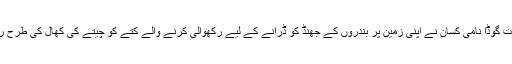
کرناٹک کے سریکانت گؤڈا نامی کسان نے اپنی زمین پر بندروں کے جْھنڈ کو ڈرانے کے لیے رکھوالی کرنے والے کتے کو چیتے کی کھال کی طرح رنگ کرنے کا سوچا۔